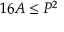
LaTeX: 1 6 A \leq P ^ { 2 }